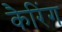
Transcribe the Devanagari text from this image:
कैरिंग